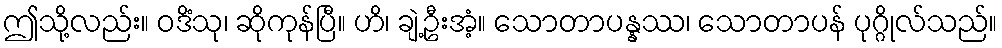
ဤသို့လည်း။ ဝဒိံသု၊ ဆိုကုန်ပြီ။ ဟိ၊ ချဲ့ဦးအံ့။ သောတာပန္နဿ၊ သောတာပန် ပုဂ္ဂိုလ်သည်။